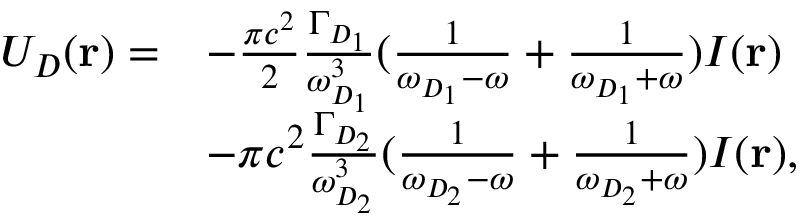
\begin{array} { r l } { U _ { D } ( \mathbf { r } ) = } & { - \frac { \pi c ^ { 2 } } { 2 } \frac { \Gamma _ { D _ { 1 } } } { \omega _ { D _ { 1 } } ^ { 3 } } ( \frac { 1 } { \omega _ { D _ { 1 } } - \omega } + \frac { 1 } { \omega _ { D _ { 1 } } + \omega } ) I ( \mathbf { r } ) } \\ & { - \pi c ^ { 2 } \frac { \Gamma _ { D _ { 2 } } } { \omega _ { D _ { 2 } } ^ { 3 } } ( \frac { 1 } { \omega _ { D _ { 2 } } - \omega } + \frac { 1 } { \omega _ { D _ { 2 } } + \omega } ) I ( \mathbf { r } ) , } \end{array}